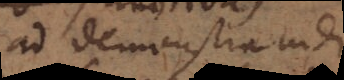
ad demonstrandi